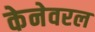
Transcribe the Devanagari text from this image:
केनेवरल